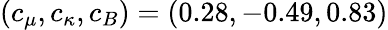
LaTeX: (c_{\mu},c_{\kappa},c_{B})=(0.28,-0.49,0.83)